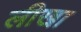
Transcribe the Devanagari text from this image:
लीखा